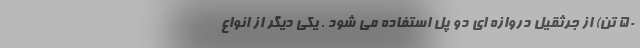
۵۰ تن) از جرثقیل دروازه ای دو پل استفاده می شود . یکی دیگر از انواع